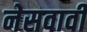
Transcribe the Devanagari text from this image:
नेसवावी